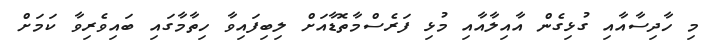
މި ހާދިސާއާއި ގުޅިގެން އާއިލާއާއި މުޅި ފަރެސްމާތޮޑާއަށް ލިބިފައިވާ ހިތާމާގައި ބައިވެރިވާ ކަމަށް